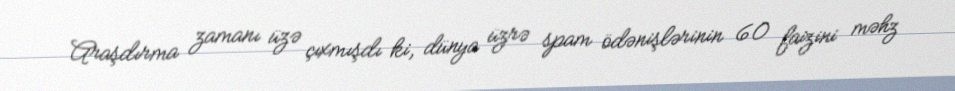
Araşdırma zamanı üzə çıxmışdı ki, dünya üzrə spam ödənişlərinin 60 faizini məhz